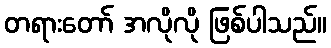
တရားတော် အလိုလို ဖြစ်ပါသည်။